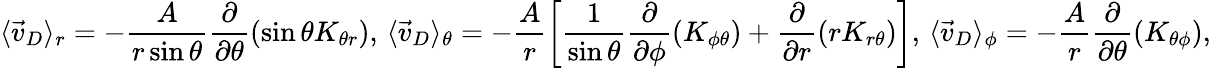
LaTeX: \langle\vec{v}_{D}\rangle_{r}=-\frac{A}{r\sin\theta}\frac{\partial}{\partial\theta}(\sin\theta K_{\theta r}),\, \langle\vec{v}_{D}\rangle_{\theta}=-\frac{A}{r}\left[\frac{1}{\sin\theta}\frac{\partial}{\partial\phi}(K_{\phi\theta})+\frac{\partial}{\partial r}(rK_{r\theta})\right],\, \langle\vec{v}_{D}\rangle_{\phi}=-\frac{A}{r}\frac{\partial}{\partial\theta}(K_{\theta\phi}),